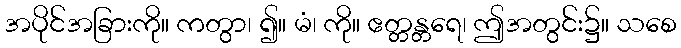
အပိုင်အခြားကို။ ကတွာ၊ ၍။ မံ၊ ကို။ ဧတ္တန္တရေ၊ ဤအတွင်း၌။ သစေ